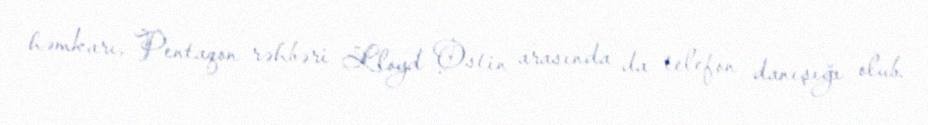
həmkarı, Pentaqon rəhbəri Lloyd Ostin arasında da telefon danışığı olub.